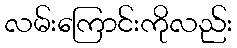
လမ်းကြောင်းကိုလည်း